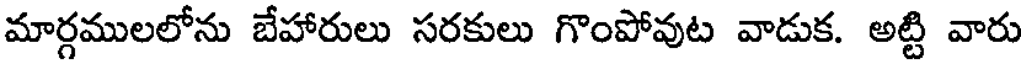
మార్గములలోను బేహారులు సరకులు గొంపోవుట వాడుక. అట్టి వారు